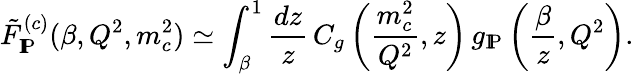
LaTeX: \tilde{F}_{\mathrm{I\! P}}^{(c)}(\beta,Q^{2},m_{c}^{2})\simeq\int_{\beta}^{1}\frac{dz}{z}\, C_{g}\left(\frac{m_{c}^{2}}{Q^{2}},z\right)\, g_{\mathrm{I\! P}}\left(\frac{\beta}{z},Q^{2}\right).